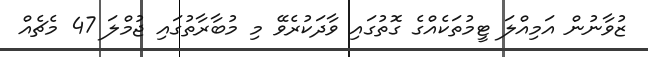
ޒުވާނުން އަމިއްލަ ޓީމުތަކެއްގެ ގޮތުގައި ވާދަކުރެވޭ މި މުބާރާތުގައި ޖުމްލަ 47 މެޗެއް